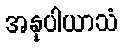
အနုပါယာသံ